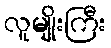
လူမျိုးကြီး